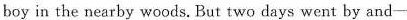
boy in the nearby woods. But two days went by and -